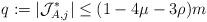
LaTeX: \begin{align*}q:=|\mathcal{J}^*_{A,j}|\le (1-4\mu-3\rho)m\end{align*}